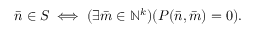
{ \bar { n } } \in S \iff ( \exists { \bar { m } } \in \mathbb { N } ^ { k } ) ( P ( { \bar { n } } , { \bar { m } } ) = 0 ) .